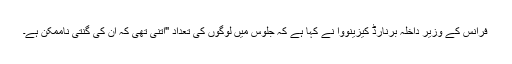
فرانس کے وزیرِ داخلہ برنارڈ کیزینووا نے کہا ہے کہ جلوس میں لوگوں کی تعداد "اتنی تھی کہ ان کی گنتی ناممکن ہے۔